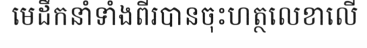
មេដឹកនាំទាំងពីរបានចុះហត្ថលេខាលើ